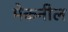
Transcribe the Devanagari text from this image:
मेकनील